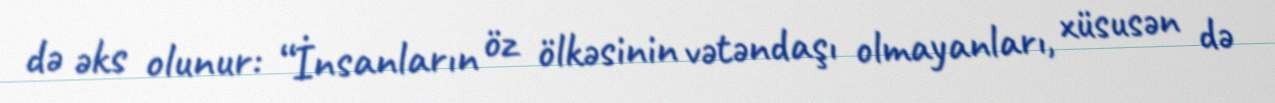
də əks olunur: “İnsanların öz ölkəsinin vətəndaşı olmayanları, xüsusən də